Annual report of the Punjab Veterinary College and of the Civil Veterinary Department, Punjab - 1894-1908
Year: 1894
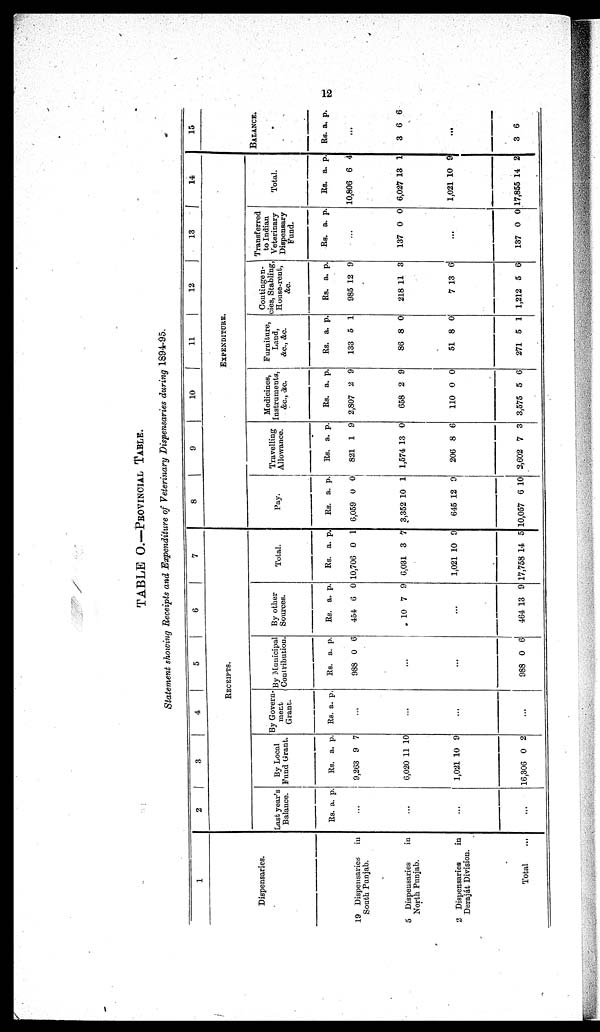
12
TABLE O.—Provincial Table.
Statement showing Receipts and Expenditure of Veterinary Dispensaries during 1894-95.
1
Dispensaries.
19 Dispensaries
in
South Punjab.
5 Dispensaries
in
North Punjab.
2 Dispensaries
in
Deraját Division.
Total
...
2
3
4
5
6
7
RECEIPTS.
Last year's
Balance.
Rs. a. p.
...
...
...
...
By Local
Fund Grant.
Rs.
9,263
6,020
1,021
16,306
a.
9
11
10
0
p.
7
10
9
2
By Govern-
ment
Grant.
Rs. a. p.
...
...
...
...
By Municipal
Contribution.
Rs.
988
a.
0
p.
6
...
...
988 0 6
By other
Sources.
Rs.
454
10
a.
6
7
p.
0
9
...
464 13 9
Total.
Rs.
10,706
6,031
1,021
17,758
a.
0
3
10
14
p.
1
7
9
5
8
9
10 11
12
13
14
EXPENDITURE.
Pay.
Rs.
6,059
3,352
645
10,057
a.
0
10
12
6
p.
0
1
0
10
Travelling
Allowance.
Rs.
821
1,574
206
2,602
a.
1
13
8
7
p.
9
0
6
3
Medicines
Instruments,
&c., &c.
Rs.
2,807
658
110
3,575
a.
2
2
0
5
p.
9
9
0
6
Furniture,
Land,
&c., &c.
Rs.
133
86
51
271
a.
5
8
8
5
p.
1
0
0
1
Contingen-
cies, Stabling
House-rent,
&c.
Rs.
985
218
7
1,212
a.
12
11
13
5
p.
9
3
6
6
Transferred
to Indian
Veterinary
Dispensary
Fund.
Rs. a. p.
...
137 0 0
...
137 0 0
Total.
Rs.
10,806
6,027
1,021
17,865
a.
6
18
10
14
p.
4
1
9
2
15
BALANCE.
Rs . a. p.
...
3 6 6
...
3 6